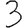
Digit: 3